Scientific memoirs by medical officers of the Army of India - Part IV,
Year: 1889
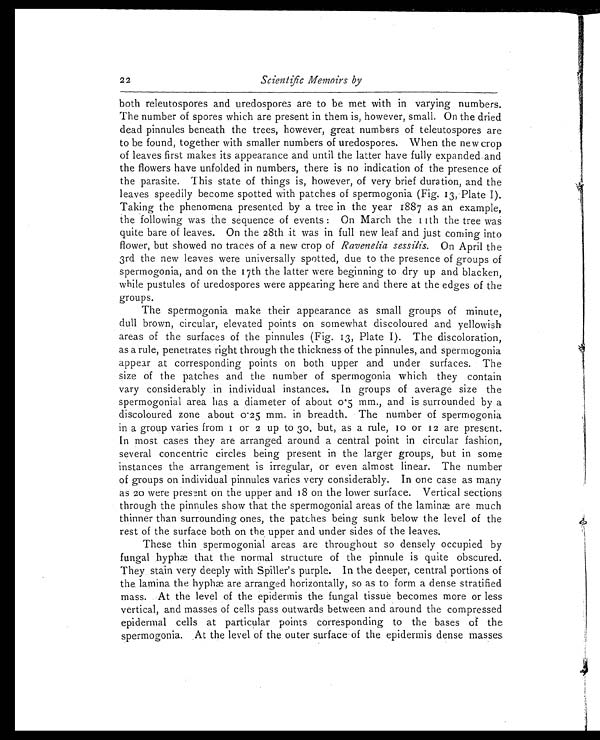
2 2
Scientific Memoirs by
both releutospores and uredospores are to be met with in varying numbers.
The number of spores which are present in them is, however, small. On the dried
dead pinnules beneath the trees, however, great numbers of teleutospores are
to be found, together with smaller numbers of uredospores. When the new crop
of leaves first makes its appearance and until the latter have fully expanded and
the flowers have unfolded in numbers, there is no indication of the presence of
the parasite. This state of things is, however, of very brief duration, and the
leaves speedily become spotted with patches of spermogonia (Fig. 13, Plate I).
Taking the phenomena presented by a tree in the year 1887 as an example,
the following was the sequence of events: On March the 11th the tree was
quite bare of leaves. On the 28th it was in full new leaf and just coming into
flower, but showed no traces of a new crop of Ravenelia sessilis. On April the
3rd the new leaves were universally spotted, due to the presence of groups of
spermogonia, and on the 17th the latter were beginning to dry up and blacken,
while pustules of uredospores were appearing here and there at the edges of the
groups.
The spermogonia make their appearance as small groups of minute,
dull brown, circular, elevated points on somewhat discoloured and yellowish
areas of the surfaces of the pinnules (Fig. 13, Plate I). The discoloration,
as a rule, penetrates right through the thickness of the pinnules, and spermogonia
appear at corresponding points on both upper and under surfaces. The
size of the patches and the number of spermogonia which they contain
vary considerably in individual instances. In groups of average size the
spermogonial area has a diameter of about 0.5 mm., and is surrounded by a
discoloured zone about 0.25 mm. in breadth. The number of spermogonia
in a group varies from 1 or 2 up to 30, but, as a rule, 10 or 12 are present.
In most cases they are arranged around a central point in circular fashion,.
several concentric circles being present in the larger groups, but in some
instances the arrangement is irregular, or even almost linear. The number
of groups on individual pinnules varies very considerably. In one case as many
as 20 were present on the upper and 18 on the lower surface. Vertical sections
through the pinnules show that the spermogonial areas of the laminæ are much
thinner than surrounding ones, the patches being sunk below the level of the
rest of the surface both on the upper and under sides of the leaves.
These thin spermogonial areas are throughout so densely occupied by
fungal hyphæ that the normal structure of the pinnule is quite obscured.
They stain very deeply with Spiller's purple. In the deeper, central portions of
the, lamina the hyphæ are arranged horizontally, so as to form a dense stratified
mass. At the level of the epidermis the fungal tissue becomes more or less
vertical, and masses of cells pass outwards between and around the compressed
epidermal cells at particular points corresponding, to the bases of the
spermogonia. At the level of the outer surface of the epidermis dense masses